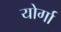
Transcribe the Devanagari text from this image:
योर्गा